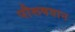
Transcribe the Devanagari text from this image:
पौरूषवान